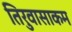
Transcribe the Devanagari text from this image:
तिरुवासाकम